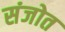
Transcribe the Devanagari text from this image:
संजोत